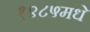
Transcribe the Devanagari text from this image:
१९८५मधे